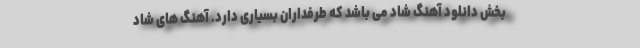
بخش دانلود آهنگ شاد می باشد که طرفداران بسیاری دارد. آهنگ های شاد